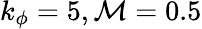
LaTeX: k_{\phi}=5,\mathcal{M}=0.5